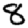
Digit: 8